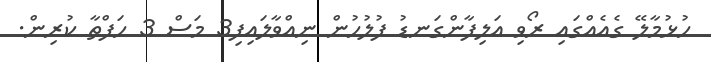
ހުޅުމާލޭ ގެއެއްގައި ރޯވި އަލިފާންގަނޑު ފުލުހުން ނިއްވާލައިފި3 މަސް 3 ހަފްތާ ކުރިން.